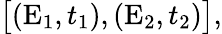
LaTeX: \bigl[(\textrm{E}_{1},t_{1}),(\textrm{E}_{2},t_{2})\bigr],